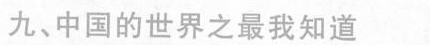
九、中国的世界之最我知道